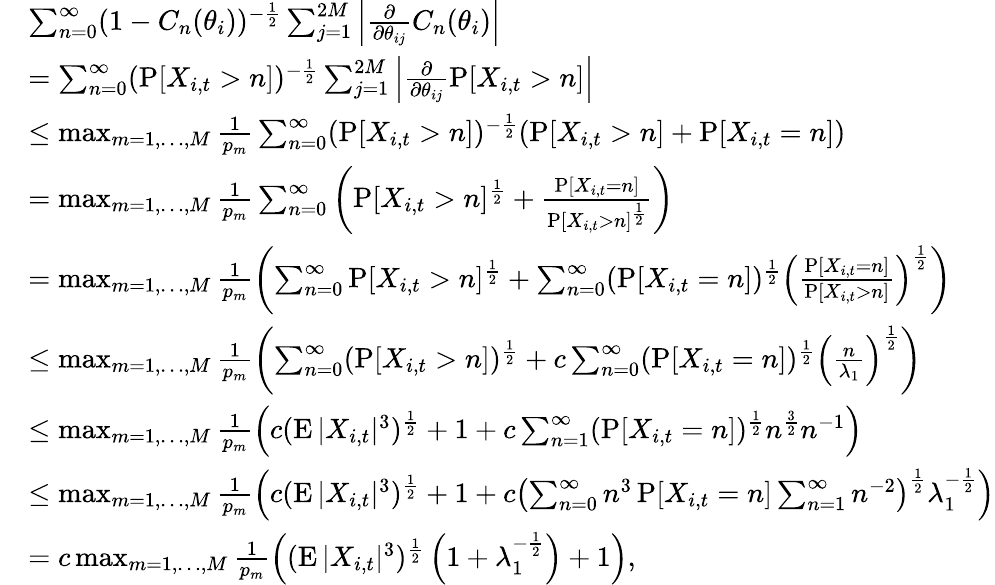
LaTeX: \begin{array}{rl}&{\sum_{n=0}^{\infty}(1-C_{n}(\theta_{i}))^{-\frac{1}{2}}\sum_{j=1}^{2M}\left|\frac{\partial}{\partial\theta_{ij}}C_{n}(\theta_{i})\right|}\\ &{=\sum_{n=0}^{\infty}(\operatorname{P}[X_{i,t}>n])^{-\frac{1}{2}}\sum_{j=1}^{2M}\left|\frac{\partial}{\partial\theta_{ij}}\operatorname{P}[X_{i,t}>n]\right|}\\ &{\leq\operatorname*{max}_{m=1,\dots,M}\frac{1}{p_{m}}\sum_{n=0}^{\infty}(\operatorname{P}[X_{i,t}>n])^{-\frac{1}{2}}(\operatorname{P}[X_{i,t}>n]+\operatorname{P}[X_{i,t}=n])}\\ &{=\operatorname*{max}_{m=1,\dots,M}\frac{1}{p_{m}}\sum_{n=0}^{\infty}\left(\operatorname{P}[X_{i,t}>n]^{\frac{1}{2}}+\frac{\operatorname{P}[X_{i,t}=n]}{\operatorname{P}[X_{i,t}>n]^{\frac{1}{2}}}\right)}\\ &{=\operatorname*{max}_{m=1,\dots,M}\frac{1}{p_{m}}\left(\sum_{n=0}^{\infty}\operatorname{P}[X_{i,t}>n]^{\frac{1}{2}}+\sum_{n=0}^{\infty}(\operatorname{P}[X_{i,t}=n])^{\frac{1}{2}}\left(\frac{\operatorname{P}[X_{i,t}=n]}{\operatorname{P}[X_{i,t}>n]}\right)^{\frac{1}{2}}\right)}\\ &{\leq\operatorname*{max}_{m=1,\dots,M}\frac{1}{p_{m}}\left(\sum_{n=0}^{\infty}(\operatorname{P}[X_{i,t}>n])^{\frac{1}{2}}+c\sum_{n=0}^{\infty}(\operatorname{P}[X_{i,t}=n])^{\frac{1}{2}}\left(\frac{n}{\lambda_{1}}\right)^{\frac{1}{2}}\right)}\\ &{\leq\operatorname*{max}_{m=1,\dots,M}\frac{1}{p_{m}}\left(c(\operatorname{E}|X_{i,t}|^{3})^{\frac{1}{2}}+1+c\sum_{n=1}^{\infty}(\operatorname{P}[X_{i,t}=n])^{\frac{1}{2}}n^{\frac{3}{2}}n^{-1}\right)}\\ &{\leq\operatorname*{max}_{m=1,\dots,M}\frac{1}{p_{m}}\left(c(\operatorname{E}|X_{i,t}|^{3})^{\frac{1}{2}}+1+c\left(\sum_{n=0}^{\infty}n^{3}\operatorname{P}[X_{i,t}=n]\sum_{n=1}^{\infty}n^{-2}\right)^{\frac{1}{2}}\lambda_{1}^{-\frac{1}{2}}\right)}\\ &{=c\operatorname*{max}_{m=1,\dots,M}\frac{1}{p_{m}}\left((\operatorname{E}|X_{i,t}|^{3})^{\frac{1}{2}}\left(1+\lambda_{1}^{-\frac{1}{2}}\right)+1\right),}\end{array}